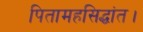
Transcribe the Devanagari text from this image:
पितामहसिद्धांत।